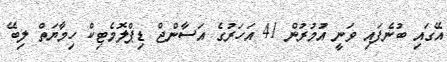
އޭގައި ބުނެފައި ވަނީ އުމުރުން 41 އަހަރުގެ އަސާންޖް ޑިޕްލޮމެޓިކް ހިމާޔަތް ލިބޭ